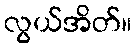
လွယ်အိတ်။